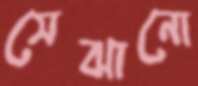
সেঝানো